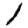
Digit: 1